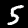
Digit: 5